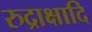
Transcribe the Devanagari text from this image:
रुद्राक्षादि